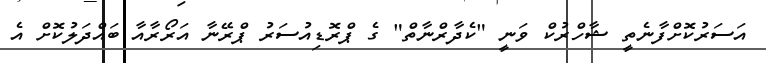
އަސަރުކޮށްފާނެތީ ޝާހްރުކް ވަނީ "ކެދާރްނާތް" ގެ ޕްރޮޑިއުސަރު ޕްރޭނާ އަރޯރާއާ ބައްދަލުކޮށް އެ